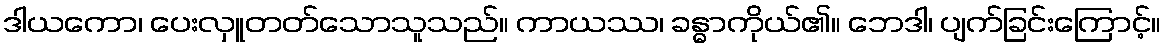
ဒါယကော၊ ပေးလှူတတ်သောသူသည်။ ကာယဿ၊ ခန္ဓာကိုယ်၏။ ဘေဒါ၊ ပျက်ခြင်းကြောင့်။